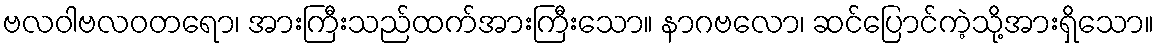
ဗလဝါဗလဝတရော၊ အားကြီးသည်ထက်အားကြီးသော။ နာဂဗလော၊ ဆင်ပြောင်ကဲ့သို့အားရှိသော။